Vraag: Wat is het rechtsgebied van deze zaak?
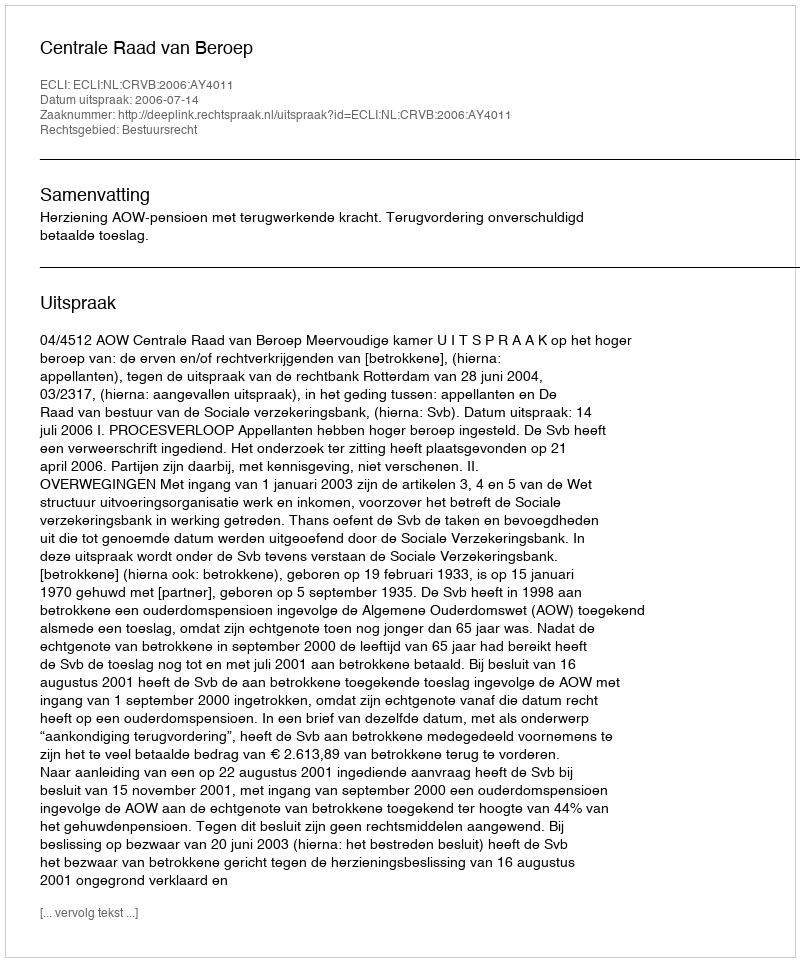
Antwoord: Bestuursrecht